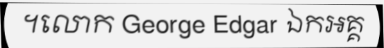
។លោក George Edgar ឯកអគ្គ